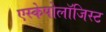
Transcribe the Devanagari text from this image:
एस्केपोलॉजिस्ट